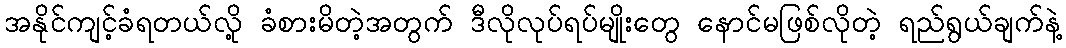
အနိုင်ကျင့်ခံရတယ်လို့ ခံစားမိတဲ့အတွက် ဒီလိုလုပ်ရပ်မျိုးတွေ နောင်မဖြစ်လိုတဲ့ ရည်ရွယ်ချက်နဲ့